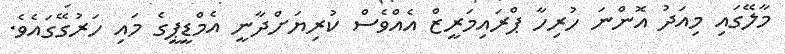
މާލޭގައި މިއަދު އޮންނަ ހުރިހާ ޕްރައިމަރީޒް އެއްވެސް ކުރިޔަށްދާނީ އެމްޑީޕީގެ މައި ހަރުގޭގައެވެ.